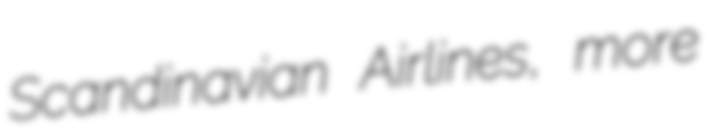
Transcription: Scandinavian Airlines, more